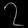
Digit: ၇